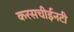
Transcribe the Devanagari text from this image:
करसचीईनटी